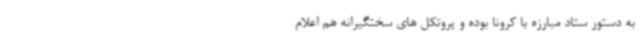
به دستور ستاد مبارزه با کرونا بوده و پروتکل های سختگیرانه هم اعلام